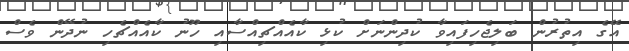
އޭގެ އިތުރުން ބަލިޖެހިފައިވާ ކުދިންނަށް ކުޅި ކާއެއްޗިއްސާއި ހޫނު ކާއެއްޗެހި ނުދޭން ވެސް